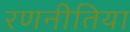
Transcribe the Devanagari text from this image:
रणनीतिया